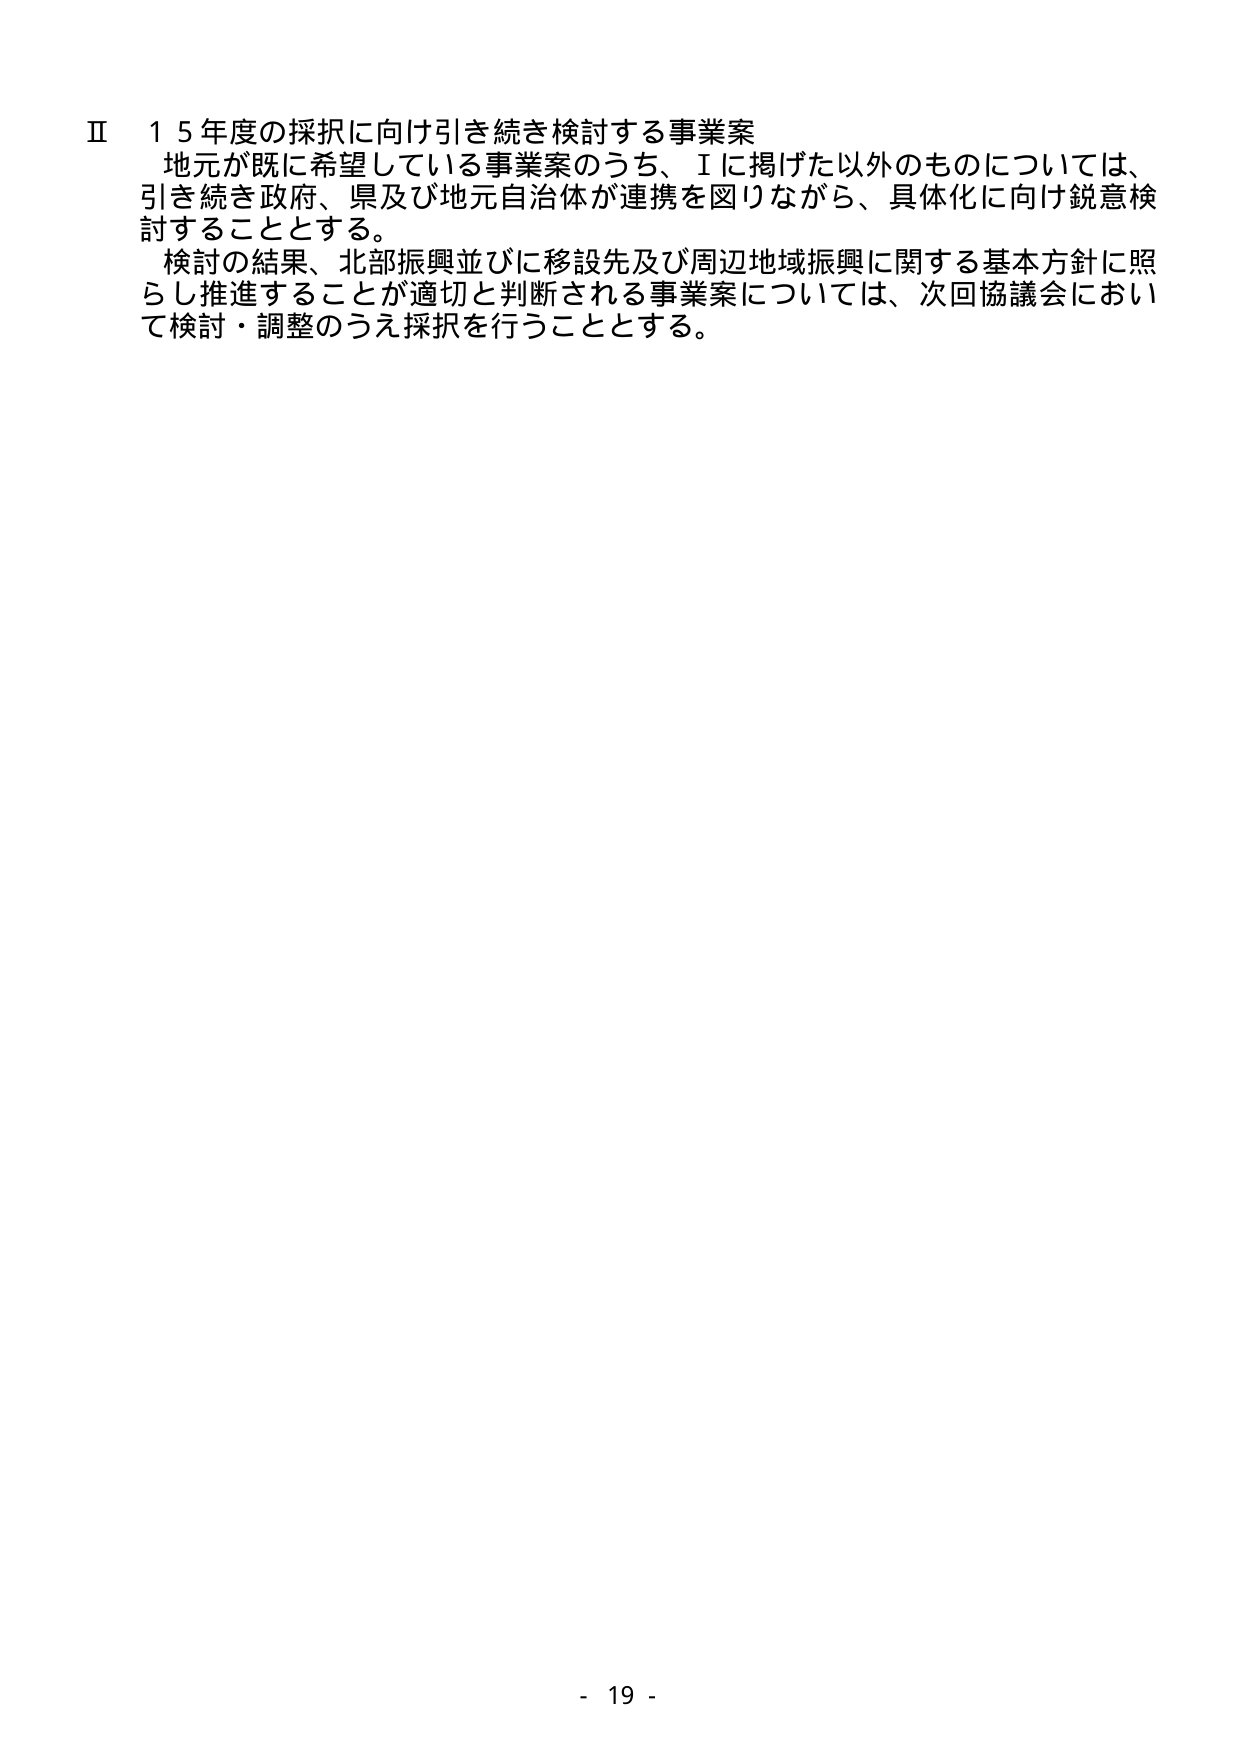
Ⅱ １５年度の採択に向け引き続き検討する事業案
地元が既に希望している事業案のうち、Ⅰに掲げた以外のものについては、
引き続き政府、県及び地元自治体が連携を図りながら、具体化に向け鋭意検
討することとする。
検討の結果、北部振興並びに移設先及び周辺地域振興に関する基本方針に照
らし推進することが適切と判断される事業案については、次回協議会におい
て検討・調整のうえ採択を行うこととする。

- 19 -